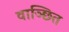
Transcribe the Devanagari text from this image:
वाञ्छित